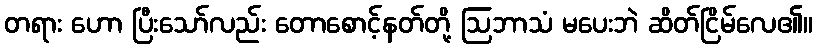
တရား ဟော ပြီးသော်လည်း တောစောင့်နတ်တို့ ဩဘာသံ မပေးဘဲ ဆိတ်ငြိမ်လေ၏။